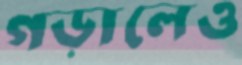
গড়ালেও